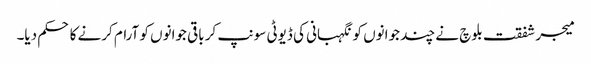
میجر شفقت بلوچ نے چند جوانوں کو نگہبانی کی ڈیوٹی سونپ کر باقی جوانوں کو آرام کرنے کا حکم دیا۔